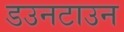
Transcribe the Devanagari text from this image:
डउनटाउन